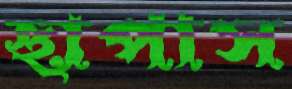
ছাপাস